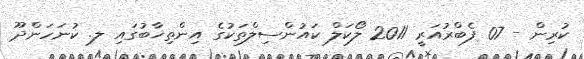
ކުރިން - 07 ފެބްރުއަރީ 2011 ލޯކަލް ކައުންސިލްތަކުގެ އިންތިޚާބުގައި ލ. ކުނަހަންދޫ